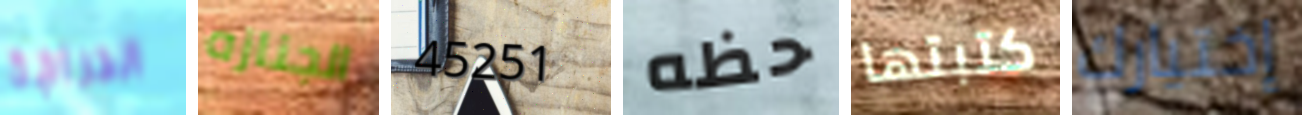
الدراجة الجنازه 45251 حظه كتبتها إختيارك